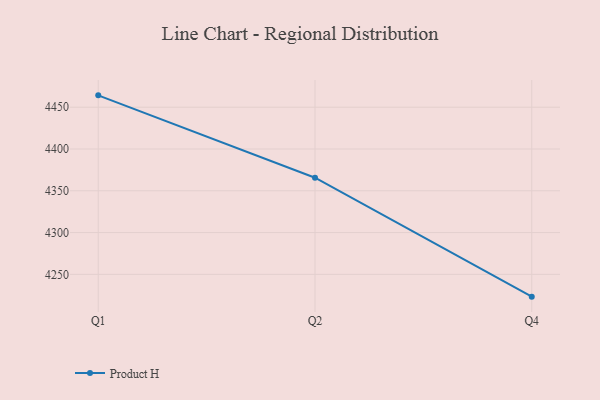
{"axis": {"x": "Quarter", "y": "Customer Acquisition Cost (USD)"}, "legend": ["Product H"], "data": [{"x": "Q1", "y": 4464.2, "type": "Product H"}, {"x": "Q2", "y": 4365.6, "type": "Product H"}, {"x": "Q4", "y": 4223.3, "type": "Product H"}]}